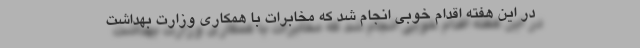
در این هفته اقدام خوبی انجام شد که مخابرات با همکاری وزارت بهداشت